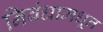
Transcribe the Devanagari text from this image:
निबंधामधून